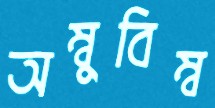
অম্বুবিম্ব